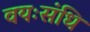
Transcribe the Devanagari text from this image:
वयःसंधि